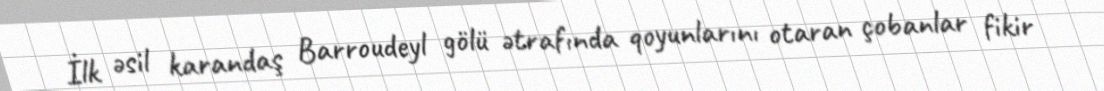
İlk əsil karandaş Barroudeyl gölü ətrafında qoyunlarını otaran çobanlar fikir